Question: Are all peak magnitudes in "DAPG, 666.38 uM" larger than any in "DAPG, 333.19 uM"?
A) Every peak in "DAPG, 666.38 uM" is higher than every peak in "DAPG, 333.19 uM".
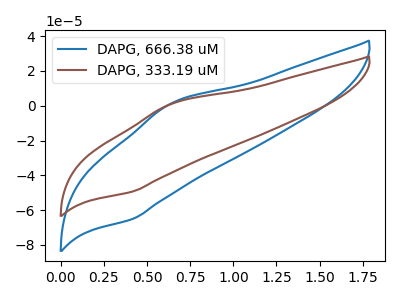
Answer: <think>The blue curve "DAPG, 666.38 uM" has an anodic peak at (0.65V, 1.35uA) and a cathodic peak at (0.40V, -65.10uA). The brown curve "DAPG, 333.19 uM" has an anodic peak at (0.65V, 1.05uA) and a cathodic peak at (0.40V, -49.35uA).</think>
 <answer>A) Every peak in "DAPG, 666.38 uM" is higher than every peak in "DAPG, 333.19 uM".</answer>
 <eval>A</eval>